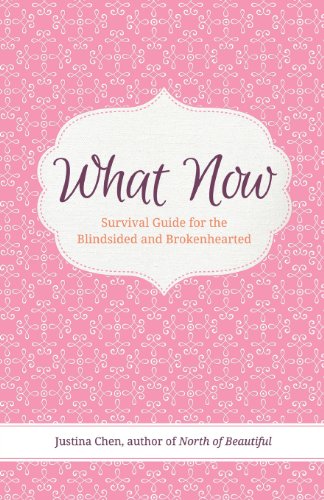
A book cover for What Now: Survival Guide for the Blindsided and Brokenhearted; Justina Chen; Parenting & Relationships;